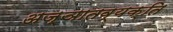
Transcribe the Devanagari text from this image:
अज्ञातव्यक्ति